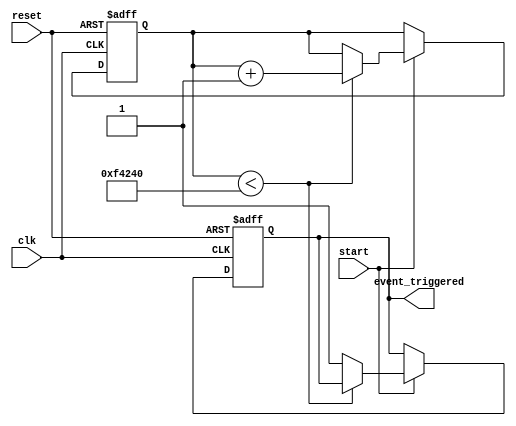
module TimerControlledEvent(
    input wire clk,
    input wire reset,
    input wire start,
    output reg event_triggered
);

    // Parameter for the threshold value (you can set this to the desired count value)
    parameter THRESHOLD = 1000000; // Example threshold value

    // Internal signals
    reg [31:0] timer_count; // 32-bit counter

    // Timer Operation
    always @(posedge clk or posedge reset) begin
        if (reset) begin
            // Initialization on reset
            timer_count <= 32'b0;
            event_triggered <= 1'b0;
        end else if (start) begin
            // Increment timer count when start is asserted
            if (timer_count < THRESHOLD) begin
                timer_count <= timer_count + 1;
            end else begin
                // Timer expired
                event_triggered <= 1'b1;
            end
        end else begin
            // If the timer has expired but start is not asserted
            if (timer_count >= THRESHOLD) begin
                // Optional: can reset the event_triggered to low
                // Uncomment if one shot behavior is desired
                // event_triggered <= 1'b0;

                // Optionally reset the timer count for continuous counting
                // timer_count <= 32'b0; 
            end
        end
    end

endmodule